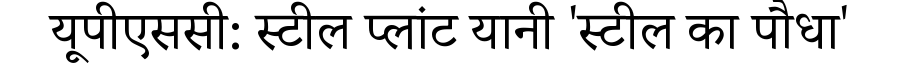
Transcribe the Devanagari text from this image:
यूपीएससी: स्टील प्लांट यानी 'स्टील का पौधा'